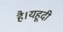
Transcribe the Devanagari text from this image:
है।यहूदी